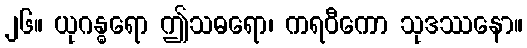
၂၆။ ယုဂန္ဓရော ဤသဓရော၊ ကရဝီကော သုဒဿနော။